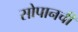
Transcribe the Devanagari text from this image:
सोपानची